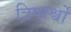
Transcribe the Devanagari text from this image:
त्रिपार्श्वों